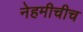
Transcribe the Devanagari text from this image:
नेहमीचीच